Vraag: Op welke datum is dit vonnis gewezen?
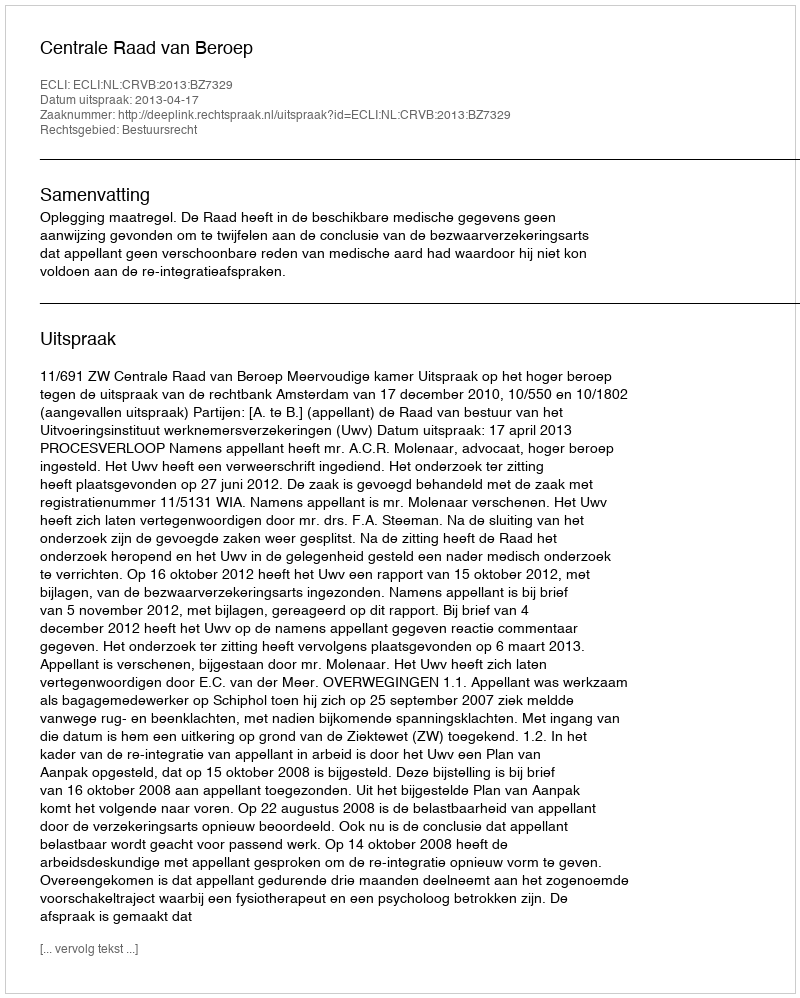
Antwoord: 2013-04-17